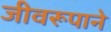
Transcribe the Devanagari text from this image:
जीवरूपाने